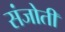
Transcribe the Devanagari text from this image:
संजोती